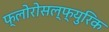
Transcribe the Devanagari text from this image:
फ्लोरोसल्फ्युरिक